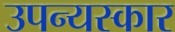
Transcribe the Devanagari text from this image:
उपन्यस्कार